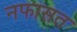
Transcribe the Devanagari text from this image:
नफासत